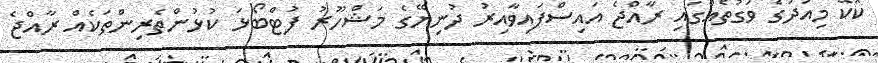
ކޮކޭ މިއަދުގެ ވަގުތެއްގައި ރާއްޖެ އައިސްފައިވާއިރު ދުނިޔޭގެ މަޝްހޫރު ފުޓްބޯޅަ ކުޅުންތެރިންތަކެއް ރާއްޖެ